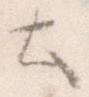
と